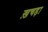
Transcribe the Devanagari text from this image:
ख़चड़ा